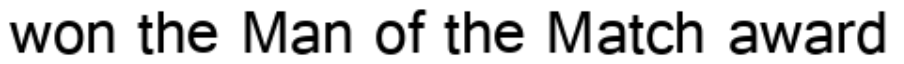
won the Man of the Match award